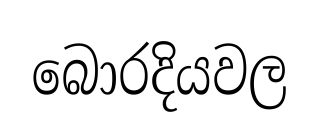
බොරදියවල